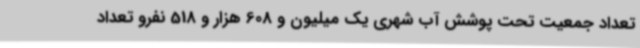
تعداد جمعیت تحت پوشش آب شهری یک میلیون و 608 هزار و 518 نفرو تعداد